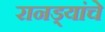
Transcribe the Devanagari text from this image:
रानड्यांचे